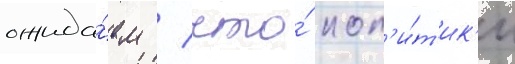
ожида́ем / что́ пол'и́т'ик'и